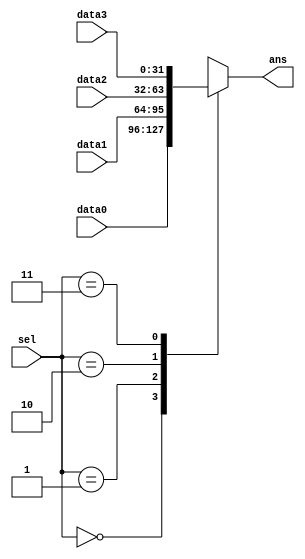
module MUX_4 #(
    parameter DATA_WIDTH = 32
) (
    input [1:0] sel,

    input [DATA_WIDTH-1:0] data0,
    input [DATA_WIDTH-1:0] data1,
    input [DATA_WIDTH-1:0] data2,
    input [DATA_WIDTH-1:0] data3,

    output reg [DATA_WIDTH-1:0] ans
);
    always @(*) begin
        case (sel)
            3'b000: ans = data0;
            3'b001: ans = data1;
            3'b010: ans = data2;
            3'b011: ans = data3;
        endcase
    end

endmodule

module MUX_8 #(
    parameter DATA_WIDTH = 32
) (
    input [2:0] sel,

    input [DATA_WIDTH-1:0] data0,
    input [DATA_WIDTH-1:0] data1,
    input [DATA_WIDTH-1:0] data2,
    input [DATA_WIDTH-1:0] data3,
    input [DATA_WIDTH-1:0] data4,
    input [DATA_WIDTH-1:0] data5,
    input [DATA_WIDTH-1:0] data6,
    input [DATA_WIDTH-1:0] data7,

    output reg [DATA_WIDTH-1:0] ans
);
    always @(*) begin
        case (sel)
            3'b000: ans = data0;
            3'b001: ans = data1;
            3'b010: ans = data2;
            3'b011: ans = data3;
            3'b100: ans = data4;
            3'b101: ans = data5;
            3'b110: ans = data6;
            3'b111: ans = data7;
        endcase
    end

endmodule